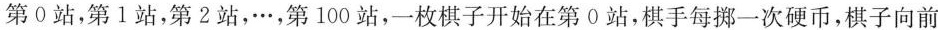
第0站，第l站，第2站， … ，第100站，一枚棋子开始在第0站，棋手每拼一次硬币，棋子向前